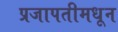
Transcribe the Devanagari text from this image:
प्रजापतीमधून